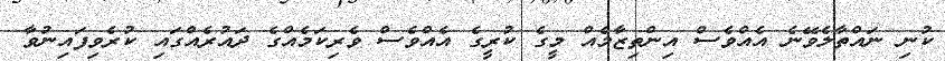
ކުނި ނައްތާލެވޭނެ އެއްވެސް އިންތިޒާމެއް މީގެ ކުރީގެ އެއްވެސް ވެރިކަމެއްގެ ދައުރެއްގައި ކުރެވިފައިނުވާ